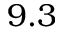
9 . 3